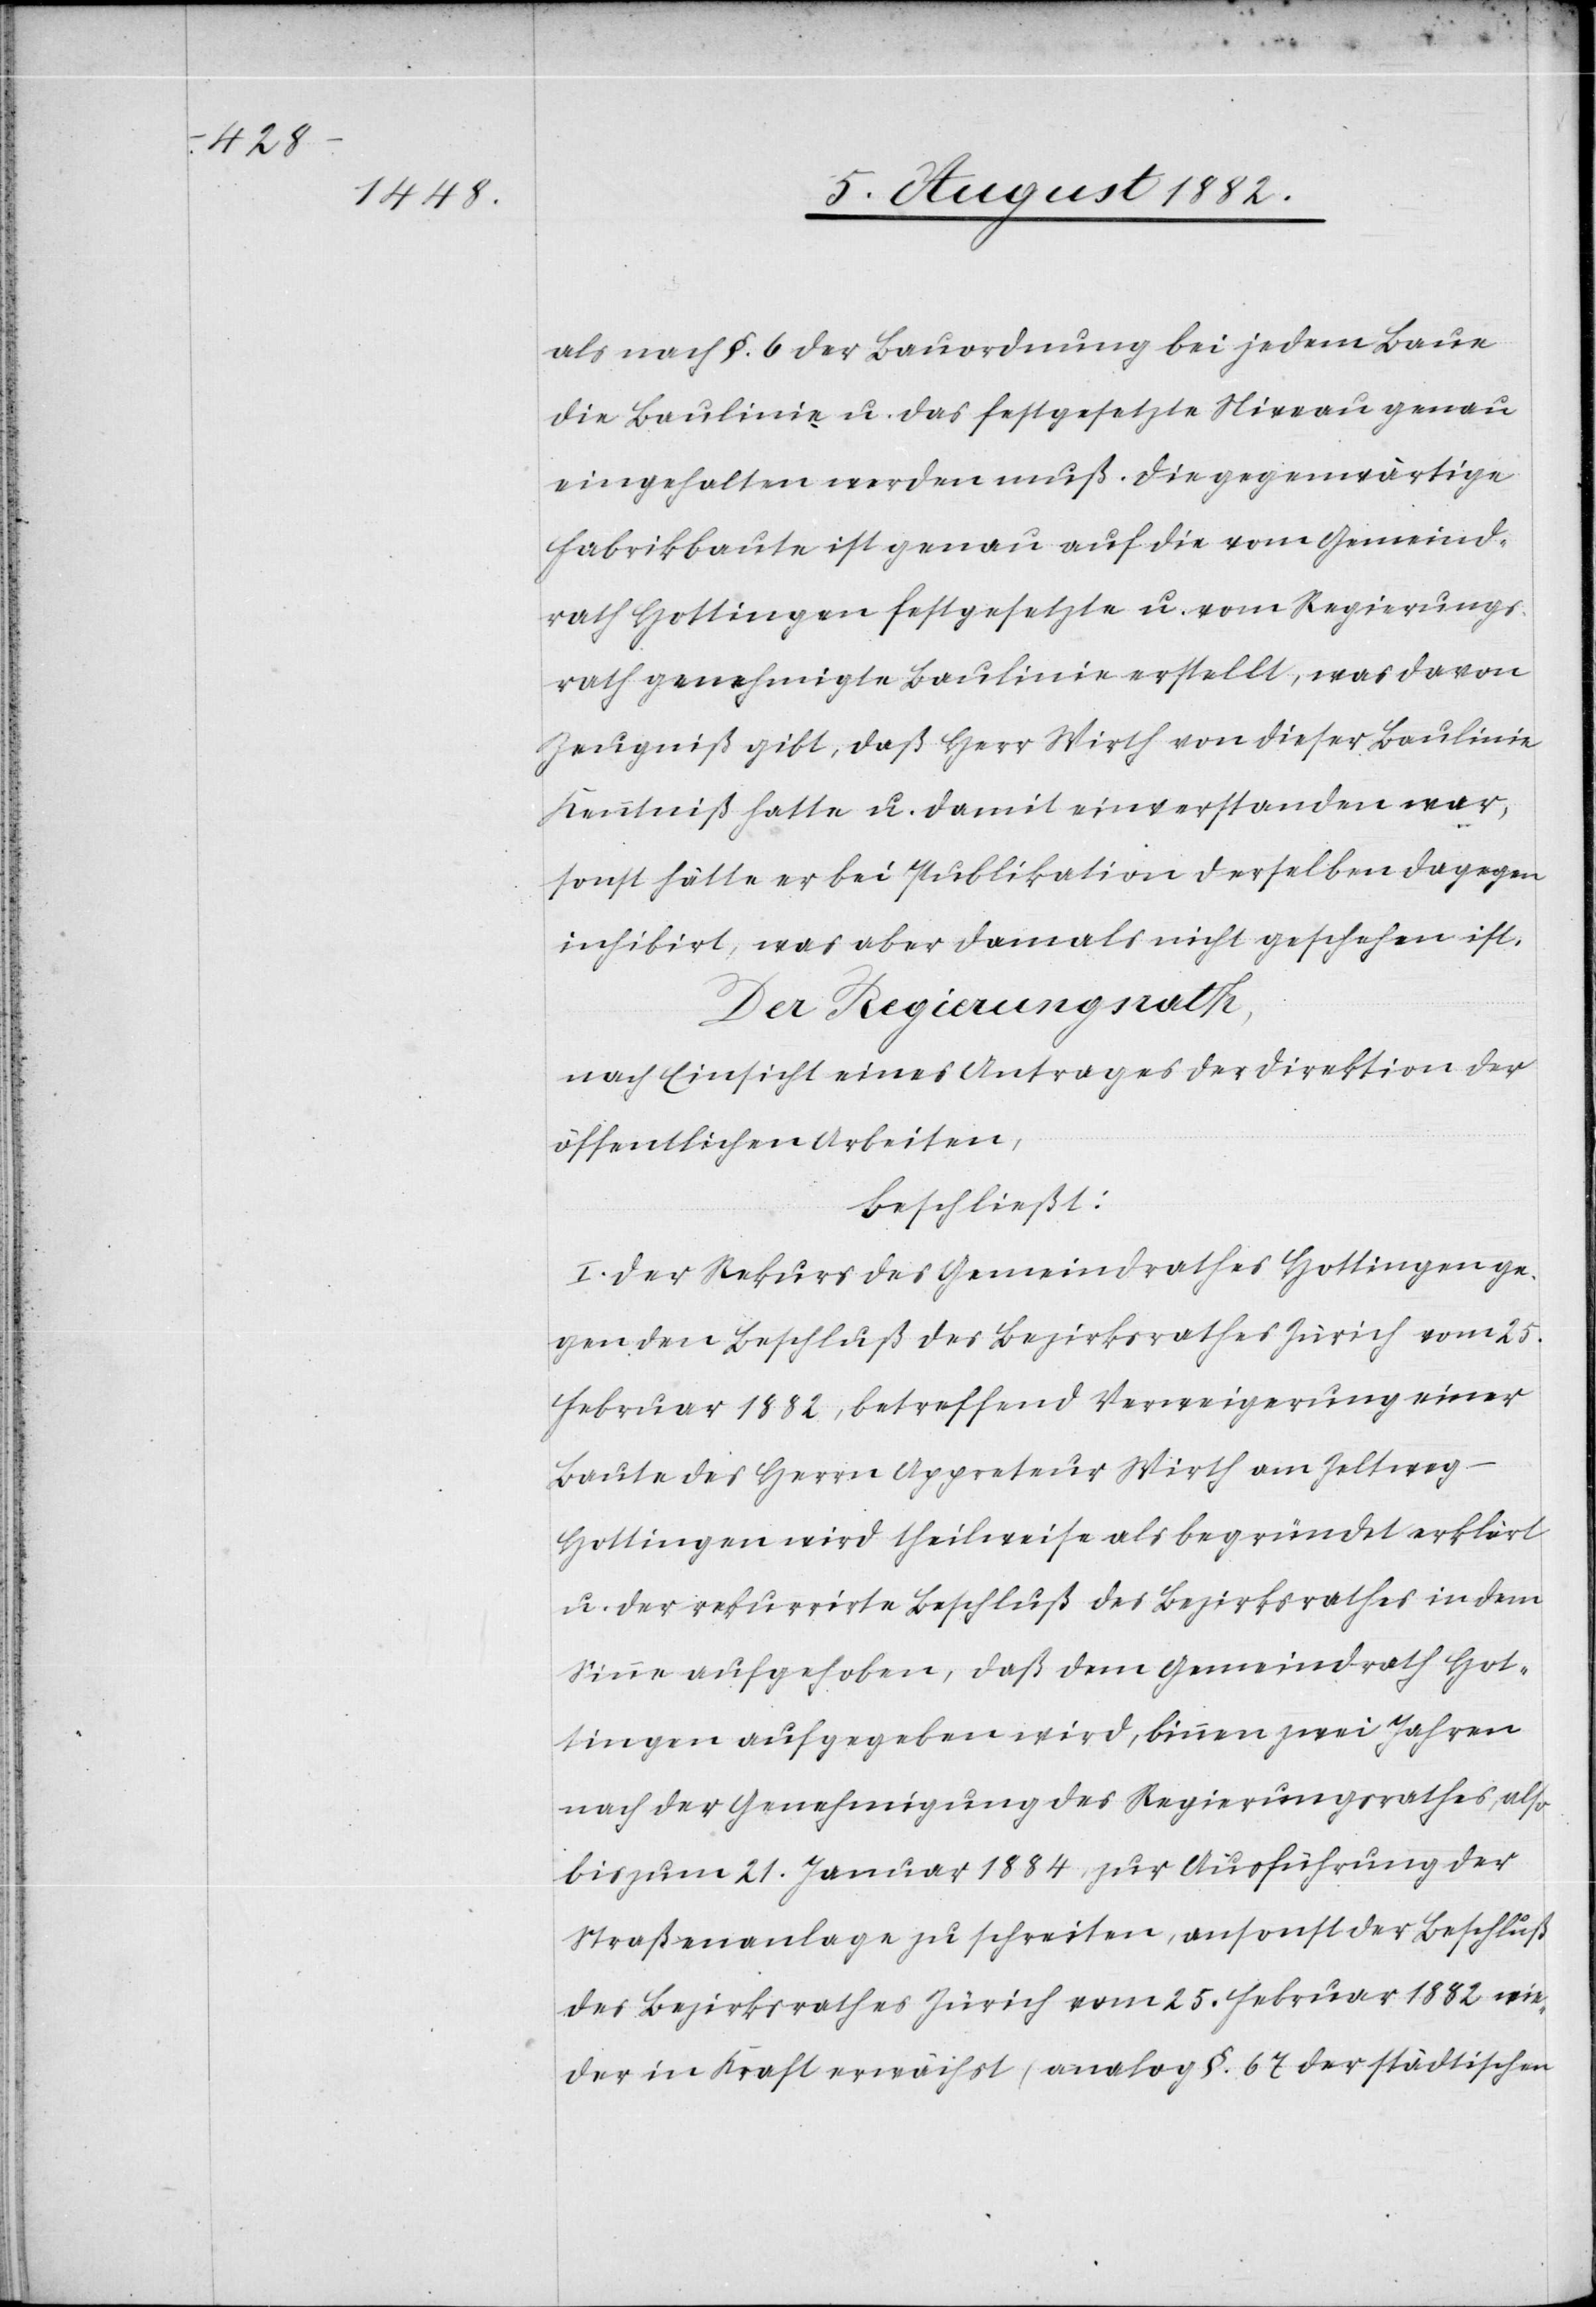
die
als nach §. 6 der Bauordnung bei jedem Baue
eingehalten werden muß. Die gegenwärtige
Fabrikbaute ist genau auf die vom Gemeind¬
rath Hottingen festgesetzt u. vom Regierungs¬
rath genehmigte Baulinie erstellt, was davon
Zeugniß gibt, daß Herr Wirth von dieser Baulinie
Kenntniß hatte u. damit einverstanden war,
sonst hätte er bei Publikation derselben dagegen
inhibirt, was aber damals nicht geschehen ist.
Der Regierungsrath,
nach Einsicht eines Antrages der Direktion der
öffentlichen Arbeiten,
beschließt:
I. Der Rekurs des Gemeindrathes Hottingen ge¬
gen den Beschluß des Bezirksrathes Zürich vom 25.
Februar 1882, betreffend Verweigerung einer
Baute des Herrn Appreteur Wirth am Zeltweg
Hottingen wird theilweise als begründet erklärt
u. der rekurrirte Beschluß des Bezirksrathes in dem
Sinne aufgehoben, daß dem Gemeindrath Hot¬
tingen aufgegeben wird, binnen zwei Jahren
nach der Genehmigung des Regierungsrathes, also
bis zum 21. Januar 1884, zur Ausführung der
Straßenanlage zu schreiten, ansonst der Beschluß
des Bezirksrathes Zürich vom 25. Februar 1882 wie¬
der in Kraft erwächst (analog §. 67 der städtischen-